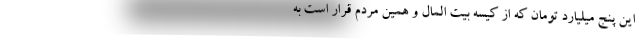
این پنج میلیارد تومان که از کیسه بیت المال و همین مردم قرار است به